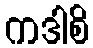
ကဒါစိ